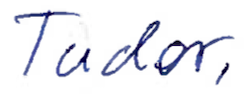
Text: Tudor,
Cross-out: clean
Writing tool: ballpoint